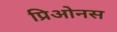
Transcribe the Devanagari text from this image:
प्रिओनस